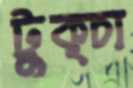
টুক্চা